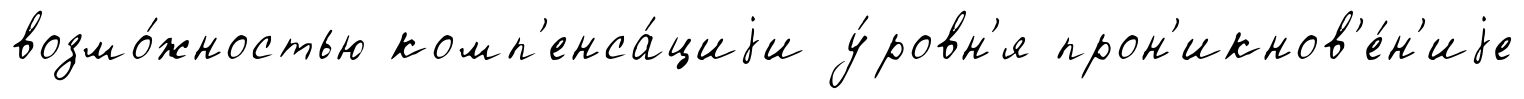
возмо́жностью комп'енса́циjи у́ровн'я прон'икнов'е́н'иjе